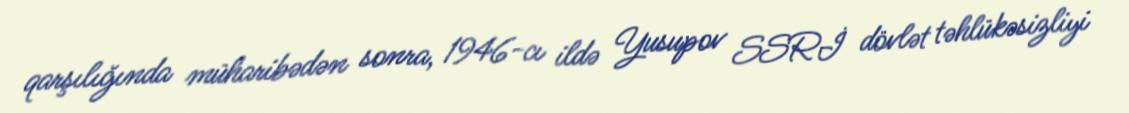
qarşılığında müharibədən sonra, 1946-cı ildə Yusupov SSRİ dövlət təhlükəsizliyi